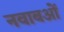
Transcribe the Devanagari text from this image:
नवाबओं